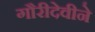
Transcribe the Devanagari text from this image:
गौरीदेवीने